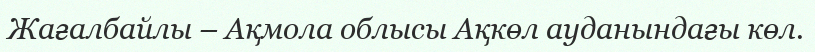
Жағалбайлы – Ақмола облысы Ақкөл ауданындағы көл.